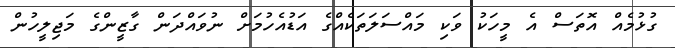
ގުޅުމެއް އޮތަސް އެ މީހަކު ވަކި މައްސަލަތަކެއްގެ އަޑުއެހުމަށް ނުވައްދަން ގާޒީންގެ މަޖިލީހުން